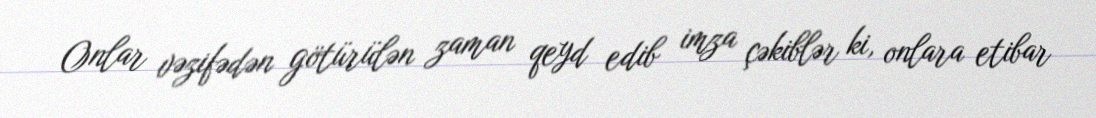
Onlar vəzifədən götürülən zaman qeyd edib imza çəkiblər ki, onlara etibar